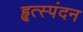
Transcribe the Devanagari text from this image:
हृत्स्पंदन